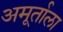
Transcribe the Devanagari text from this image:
अमूर्ताला